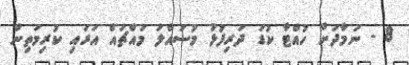
8 - ނަމާދަށް ހުއްޓާ ކުޑަ ދަރިފުޅު މުސައްލަ މައްޗައް އަރައި ކުރިމަތިން